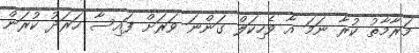
މަރާމާތު ކުރާ ނަމަ އާ ވެހިކަލް ގަންނަ ވަރަށް ފައިސާ ހަރަދު ކުރަން